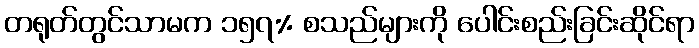
တရုတ်တွင်သာမက ၁၅၇% စသည်များကို ပေါင်းစည်းခြင်းဆိုင်ရာ